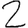
Digit: 2